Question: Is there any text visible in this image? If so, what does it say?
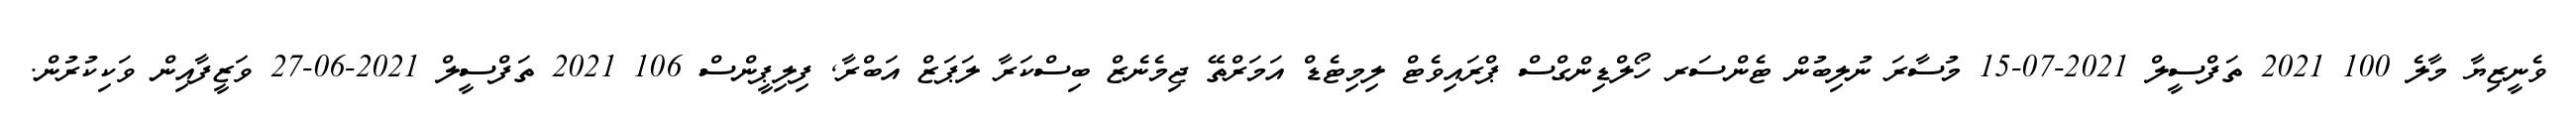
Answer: ވެނީޒިޔާ މާލެ 100 2021 ތަފްސީލް 2021-07-15 މުސާރަ ނުލިބުން ޓެންސަރ ހޯލްޑިންގްސް ޕްރައިވެޓް ލިމިޓެޑް އަމަރްތޭ ޖިމެނެޒް ބިސްކަރާ ލަޕަޒް އަބްރާ, ފިލިޕީންސް 106 2021 ތަފްސީލް 2021-06-27 ވަޒީފާއިން ވަކިކުރުން.